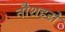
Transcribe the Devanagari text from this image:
नौशहरो